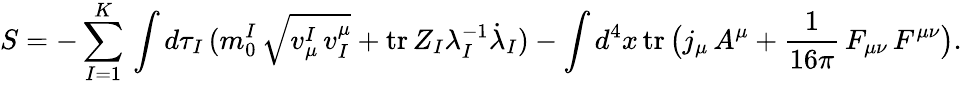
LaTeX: S=-\sum_{I=1}^{K}\, \int d\tau_{I}\, (m_{0}^{I}\, \sqrt{v_{\mu}^{I}\, v_{I}^{\mu}}+\mathrm{tr}\, Z_{I}\lambda_{I}^{-1}{\dot{\lambda}}_{I})-\int d^{4}x\, \mathrm{tr}\, \bigl(j_{\mu}\, A^{\mu}+{\frac{1}{16\pi}}\, F_{\mu\nu}\, F^{\mu\nu}\bigr).